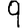
Digit: 9